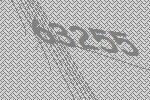
63255